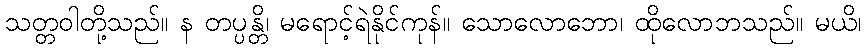
သတ္တဝါတို့သည်။ န တပ္ပန္တိ၊ မရောင့်ရဲနိုင်ကုန်။ သောလောဘော၊ ထိုလောဘသည်။ မယိ၊